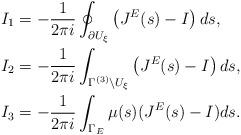
LaTeX: \begin{align*} &I_{1}=-\frac{1}{2\pi i}\oint_{\partial U_\xi}\left(J^E(s)-I\right)ds,\\ &I_{2}=-\frac{1}{2\pi i}\int_{\Gamma^{(3)}\backslash U_\xi}\left(J^E(s)-I\right)ds,\\ &I_{3}=-\frac{1}{2\pi i}\int_{\Gamma_E}\mu(s)(J^E(s)-I)ds. \end{align*}